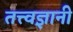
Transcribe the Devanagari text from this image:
तत्त्‍वज्ञानी